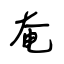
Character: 奄